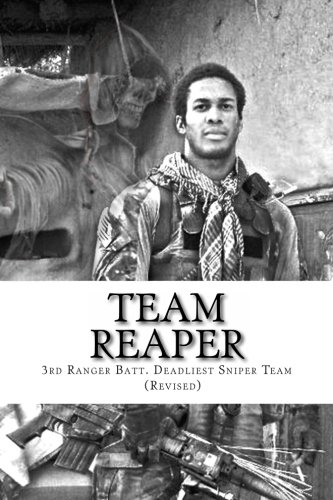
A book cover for Team Reaper: 33 Kills...4 months; Nicholas Irving; History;